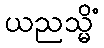
ယညသ္မိံ